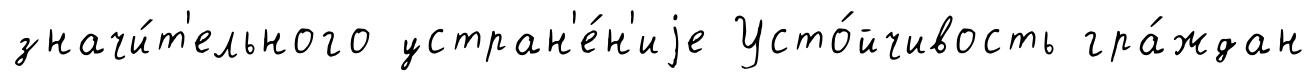
значи́т'ельного устран'е́н'иjе Усто́йчивость гра́ждан